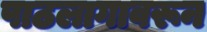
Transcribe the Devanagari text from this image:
पाठलागावरून